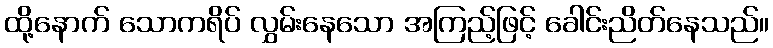
ထို့နောက် သောကရိပ် လွှမ်းနေသော အကြည့်ဖြင့် ခေါင်းညိတ်နေသည်။